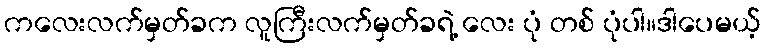
ကလေးလက်မှတ်ခက လူကြီးလက်မှတ်ခရဲ့ လေး ပုံ တစ် ပုံပါ။ဒါပေမယ့်